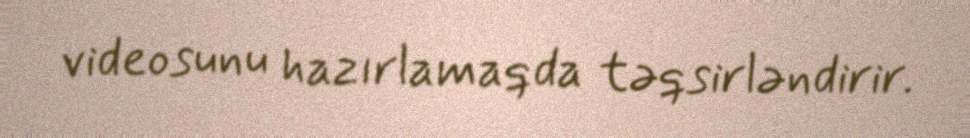
videosunu hazırlamaqda təqsirləndirir.